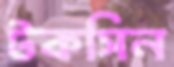
টকসিন